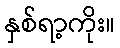
နှစ်ရာ့ကိုး။